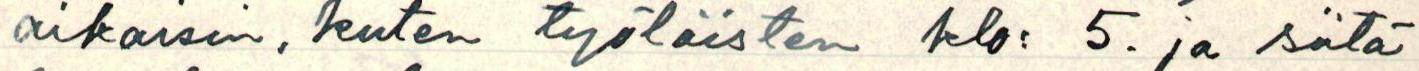
aikaisin, kuten työläisten klo: 5. ja siitä